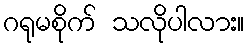
ဂရုမစိုက် သလိုပါလား။